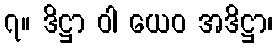
၇။ ဒိဋ္ဌာ ဝါ ယေဝ အဒိဋ္ဌာ၊